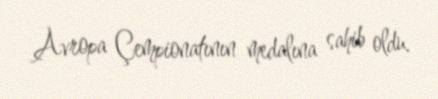
Avropa Çempionatının medalına sahib oldu.